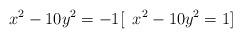
LaTeX: \begin{align*}x^2 - 10y^2 = -1 [\,\,\, x^2 - 10y^2 = 1]\end{align*}